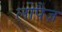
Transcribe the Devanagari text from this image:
लोपैज़